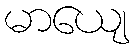
မာယျေ